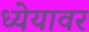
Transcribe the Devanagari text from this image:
ध्येयावर